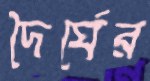
দৈর্ঘের